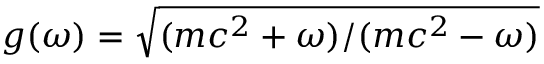
g ( \omega ) = \sqrt { ( m c ^ { 2 } + \omega ) / ( m c ^ { 2 } - \omega ) }